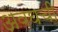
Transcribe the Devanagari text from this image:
अवघची